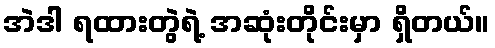
အဲဒါ ရထားတွဲရဲ့ အဆုံးတိုင်းမှာ ရှိတယ်။